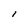
Character: l